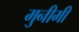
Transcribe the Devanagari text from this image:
मुनीमी